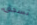
تسحق